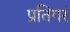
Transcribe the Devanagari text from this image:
प्रतिगरं